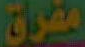
مفرق